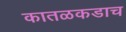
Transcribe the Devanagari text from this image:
कातळकडाच